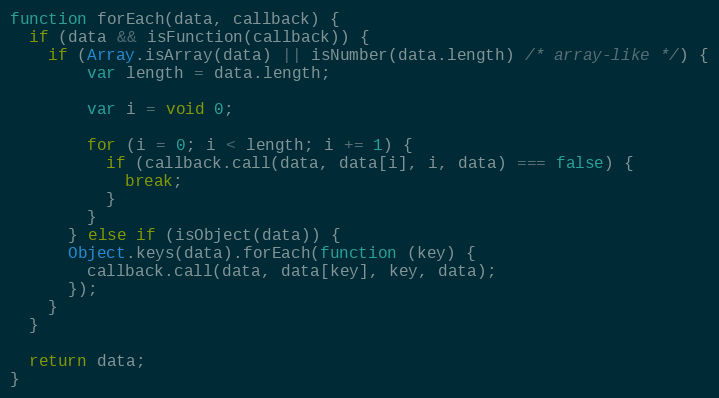
Language: JavaScript
function forEach(data, callback) {
  if (data && isFunction(callback)) {
    if (Array.isArray(data) || isNumber(data.length) /* array-like */) {
        var length = data.length;

        var i = void 0;

        for (i = 0; i < length; i += 1) {
          if (callback.call(data, data[i], i, data) === false) {
            break;
          }
        }
      } else if (isObject(data)) {
      Object.keys(data).forEach(function (key) {
        callback.call(data, data[key], key, data);
      });
    }
  }

  return data;
}